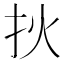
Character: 𤆎